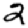
Digit: 2